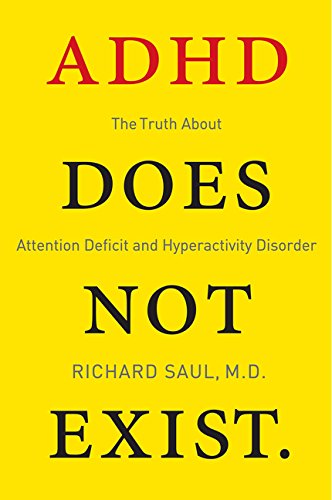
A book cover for ADHD Does Not Exist: The Truth About Attention Deficit and Hyperactivity Disorder; Richard Saul; Health, Fitness & Dieting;